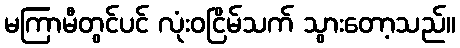
မကြာမီတွင်ပင် လုံးဝငြိမ်သက် သွားတော့သည်။